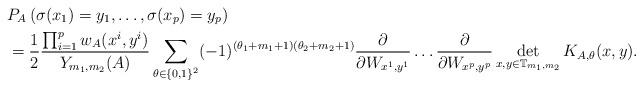
LaTeX: \begin{align*} &P_A \left( \sigma(x_1) = y_1,\ldots,\sigma(x_p) = y_p \right)\\ &= \frac{1}{2} \frac{\prod_{i=1}^p w_A(x^i,y^i) }{Y_{m_1,m_2}(A)} \sum_{ \theta \in \{0,1\}^2 } (-1)^{(\theta_1+m_1+1)(\theta_2+m_2+1) } \frac{\partial}{\partial W_{x^1,y^1} } \ldots \frac{\partial}{\partial W_{x^p,y^p} } \det \limits_{x,y \in \mathbb{T}_{m_1,m_2}} K_{A,\theta}(x,y) .\end{align*}